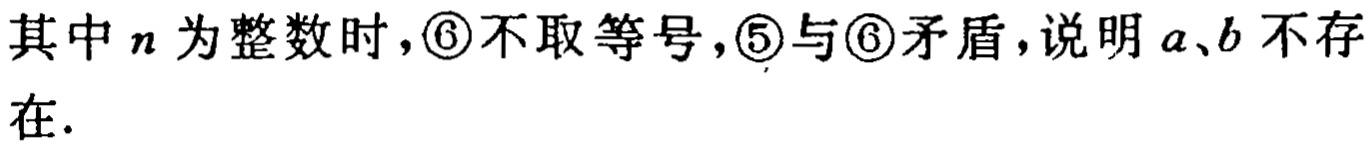
其中 \(n\) 为整数时，\textcircled{6} 不取等号，\textcircled{5} 与 \textcircled{6} 矛盾，说明 \(a、b\) 不存在.